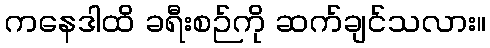
ကနေဒါထိ ခရီးစဉ်ကို ဆက်ချင်သလား။